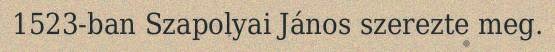
1523-ban Szapolyai János szerezte meg.